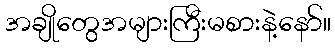
အချိုတွေအများကြီးမစားနဲ့နော်။